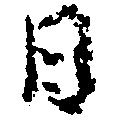
日